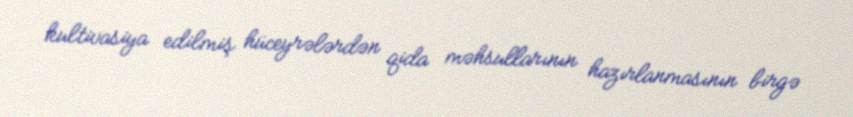
kultivasiya edilmiş hüceyrələrdən qida məhsullarının hazırlanmasının birgə